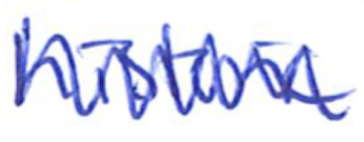
Text: historic
Cross-out: zig-zag
Writing tool: ballpoint